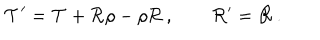
{ \cal T } ^ { \prime } = { \cal T } + { \cal R } \rho - \rho { \cal R } \, , \qquad { \cal R } ^ { \prime } = { \cal R } \, .